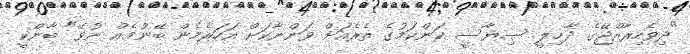
"ދިވެހިރާއްޖޭގެ ދާޚިލީ ސިޔާސީ ކަންކަމުގެ ތެރެއަށް ވަންނާކަށް އަހަރެމެން ބޭނުމެއް ނުވޭ" ބާންކީ